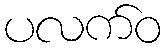
ပလက်ဝ